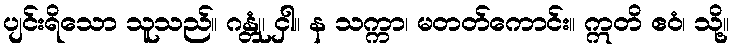
ပျင်းရိသော သူသည်။ ဂန္တုံ၊ ငှါ။ န သက္ကာ၊ မတတ်ကောင်း။ ဣတိ ဧဝံ၊ သို့။